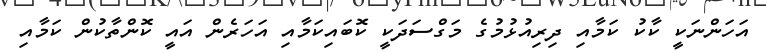
އަހަންނަކީ ކާކު ކަމާއި ދިރިއުޅުމުގެ މަގްސަދަކީ ކޮބައިކަމާއި އަހަރެން އައީ ކޮންތާކުން ކަމާއި